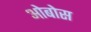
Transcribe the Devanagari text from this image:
ओबोस